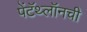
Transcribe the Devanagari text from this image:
पेंटॅथ्लॉनची